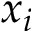
x _ { i }